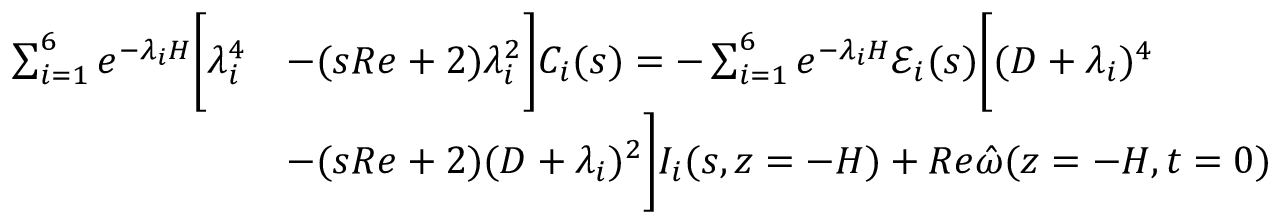
\begin{array} { r l } { \sum _ { i = 1 } ^ { 6 } e ^ { - \lambda _ { i } H } \bigg [ \lambda _ { i } ^ { 4 } } & { - ( s R e + 2 ) \lambda _ { i } ^ { 2 } \bigg ] C _ { i } ( s ) = - \sum _ { i = 1 } ^ { 6 } e ^ { - \lambda _ { i } H } \mathscr { E } _ { i } ( s ) \bigg [ ( D + \lambda _ { i } ) ^ { 4 } } \\ & { - ( s R e + 2 ) ( D + \lambda _ { i } ) ^ { 2 } \bigg ] I _ { i } ( s , z = - H ) + R e \hat { \omega } ( z = - H , t = 0 ) } \end{array}